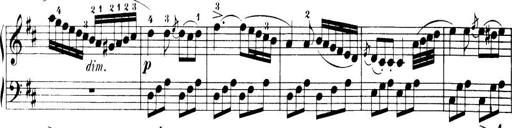
Title: 32 Sonatinas and Rondos for the Piano
Composer: Richard Kleinmichel